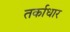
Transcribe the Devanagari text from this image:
तर्काधार